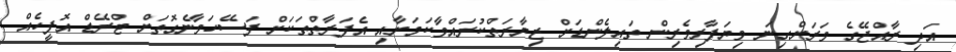
އަދި ރާއްޖޭގެ ވަރަށްގިނަ ވިޔަފާރިވެރިން ތައިލެންޑަށް ޒިޔާރަތްކުރައްވާކަމަށާއި އެފަރާތްތަކަށް ފަސޭހަވާނެގޮތަށް ޓްރޭޑް އޮފީހެއް